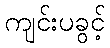
ကျင်းပခွင့်